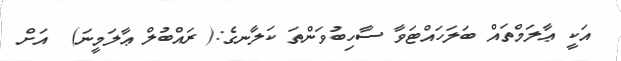
އަކީ ޢާލަމްތައް ބަލަހައްޓަވާ ސާހިބުވަންތަ ކަލާނގެ:( ރައްބުލް ޢާލަމީނަ)  އަށް